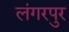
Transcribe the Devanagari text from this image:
लंगरपुर